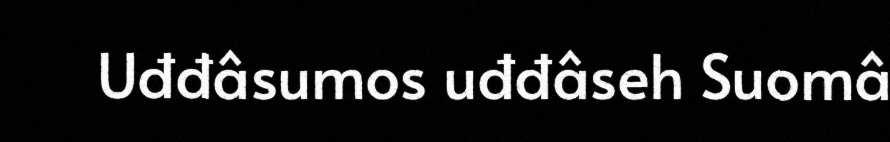
Uđđâsumos uđđâseh Suomâ